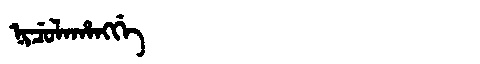
Manchu: ᠨᡳᠴᡠᠯᠠᡥᠠᠩᡤᡝ
Romanization: NICULAHANGGE